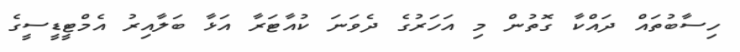
ހިސާބުތައް ދައްކާ ގޮތުން މި އަހަރުގެ ދެވަނަ ކުއާޓަރާ އަޅާ ބަލާއިރު އެމްޓީޑީސީގެ